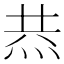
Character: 𤈉